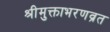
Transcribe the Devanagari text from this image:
श्रीमुक्ताभरणव्रत